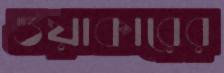
ওয়াকারের